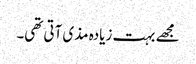
مجھے بہت زیادہ مذی آتی تھی۔